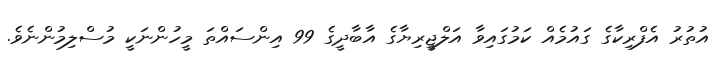
އުތުރު އެފްރިކާގެ ގައުމެއް ކަމުގައިވާ އަލްޖީރިޔާގެ އާބާދީގެ 99 އިންސައްތަ މީހުންނަކީ މުސްލިމުންނެވެ.